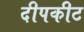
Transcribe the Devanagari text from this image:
दीपकीट